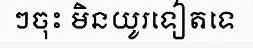
ៗចុះ មិនយូរទៀតទេ